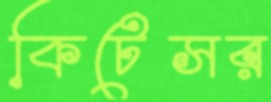
কিটেসর